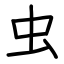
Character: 虫